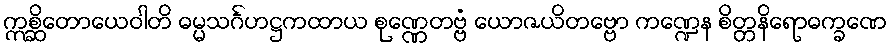
ဣစ္ဆိတောယေဝါတိ ဓမ္မသင်္ဂဟဋ္ဌကထာယ စုဏ္ဏေတဗ္ဗံ ယောဇယိတဗ္ဗော ကဏ္ဍေန စိတ္တနိရောဓက္ခဏေ